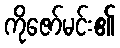
ကိုဇော်မင်း၏